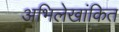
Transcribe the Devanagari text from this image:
अभिलेखांकित